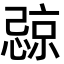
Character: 𪬧